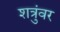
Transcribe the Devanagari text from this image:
शत्रुंवर